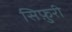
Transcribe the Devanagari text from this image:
सिफ़ुरी